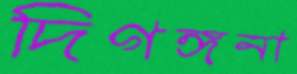
দিগঙ্গনা